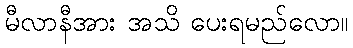
မီလာနီအား အသိ ပေးရမည်လော။